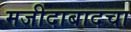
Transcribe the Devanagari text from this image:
मजीदाबादचा